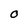
Character: O